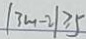
\vert 3 m - 2 \vert \geq 5